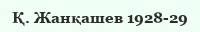
Қ. Жанқашев 1928-29